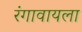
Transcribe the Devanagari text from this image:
रंगावायला